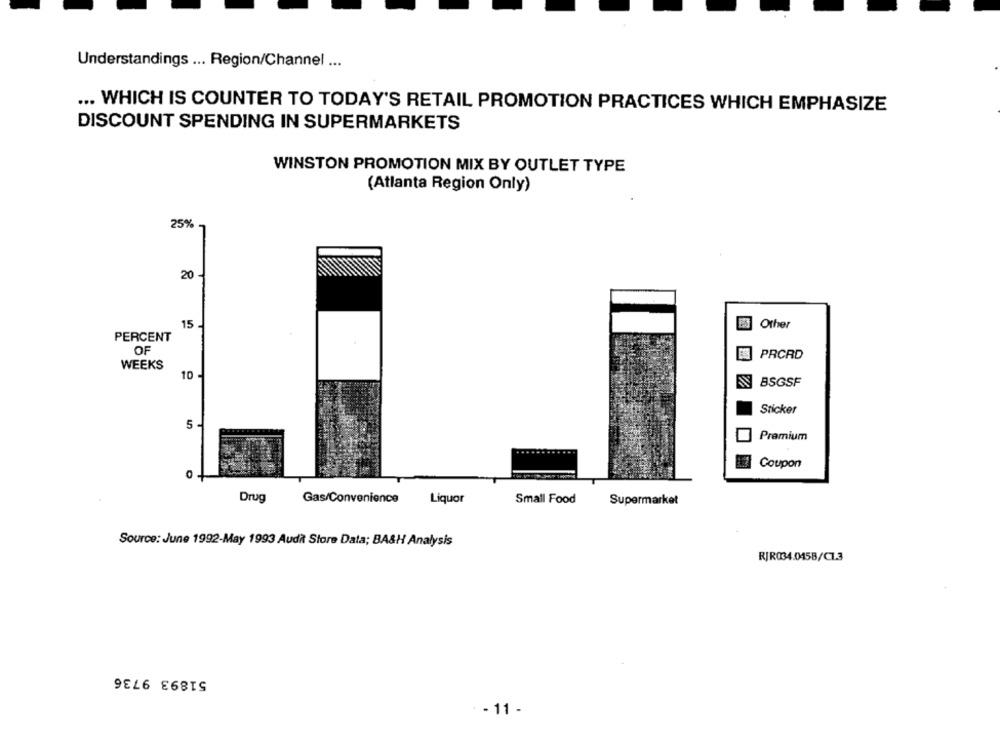
Understandings ... Region/Channel ...
... WHICH IS COUNTER TO TODAY'S RETAIL PROMOTION PRACTICES WHICH EMPHASIZE
DISCOUNT SPENDING IN SUPERMARKETS
WINSTON PROMOTION MIX BY OUTLET TYPE
(Atlanta Region Only)
25%
20
15
Other
PERCENT
OF
PRCRD
WEEKS
10 -
BSGSF
Sticker
5
Premium
...........
Coupon
Drug
Gas/Convenience
Liquor
Small Food
Supermarket
Source: June 1992-May 1993 Audit Store Data; BASH Analysis
RJR034.045B/C1.3
51893 9736
- 11 -